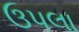
ઉપલા